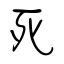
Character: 死